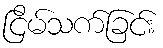
ငြိမ်သက်ခြင်း